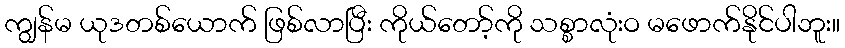
ကျွန်မ ယုဒတစ်ယောက် ဖြစ်လာပြီး ကိုယ်တော့်ကို သစ္စာလုံးဝ မဖောက်နိုင်ပါဘူး။